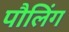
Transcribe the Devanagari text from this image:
पौलिंग